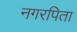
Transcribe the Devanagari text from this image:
नगरपिता